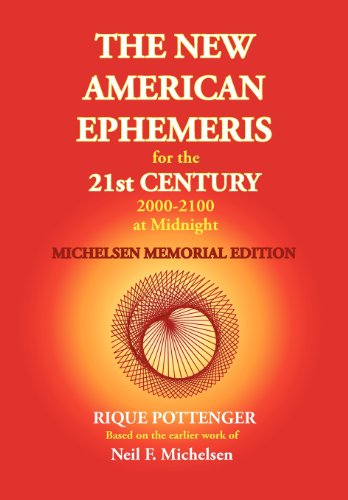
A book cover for The New American Ephemeris for the 21st Century, 2000-2100 at Midnight; Rique Pottenger; Religion & Spirituality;